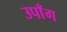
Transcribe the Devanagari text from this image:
उपाँग